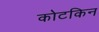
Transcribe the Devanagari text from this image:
कोटकिन